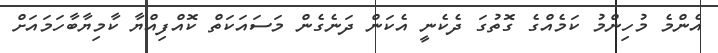
އެންމެ މުހިންމު ކަމެއްގެ ގޮތުގަ ދެކެނީ އެކަން ދަނެގެން މަސައަކަތް ކޮއްފިއްޔާ ކާމިޔާބާހަމައަށް